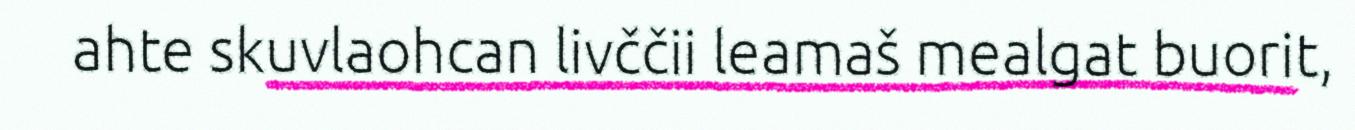
ahte skuvlaohcan livččii leamaš mealgat buorit,